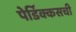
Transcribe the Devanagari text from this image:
पेर्डिक्कसची